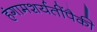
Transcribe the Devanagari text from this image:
हंगामशर्यतींपैकी